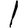
Digit: 1